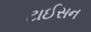
ટાઈસન